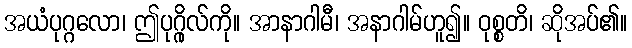
အယံပုဂ္ဂလော၊ ဤပုဂ္ဂိုလ်ကို။ အာနာဂါမီ၊ အနာဂါမ်ဟူ၍။ ဝုစ္စတိ၊ ဆိုအပ်၏။